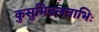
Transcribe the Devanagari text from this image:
कुसुमितलताभिः